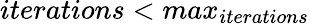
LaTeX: iterations<max_{iterations}